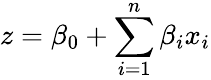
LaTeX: z=\beta_{0}+\sum_{i=1}^{n}\beta_{i}x_{i}